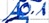
Text: A0.1